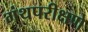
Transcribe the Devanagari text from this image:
गंथपरीक्षणे